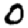
Digit: 0